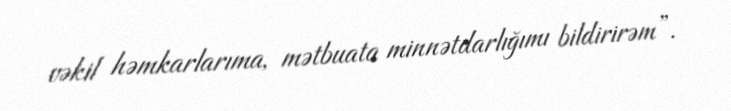
vəkil həmkarlarıma, mətbuata minnətdarlığımı bildirirəm”.